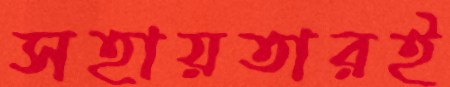
সহায়তারই